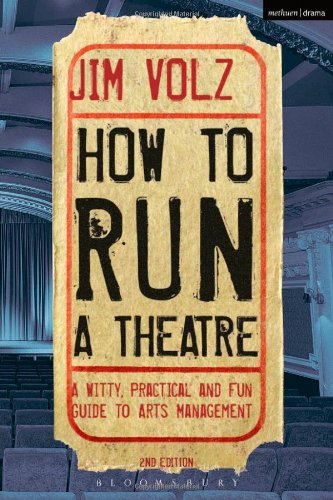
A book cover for How to Run a Theater: Creating, Leading and Managing Professional Theater; Jim Volz; Business & Money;